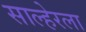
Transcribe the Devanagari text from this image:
साल्हेरला